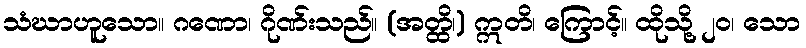
သံဃာဟူသော။ ဂဏော၊ ဂိုဏ်းသည်။ (အတ္ထိ၊) ဣတိ၊ ကြောင့်။ ထိုသို့ ၂၀၊ သော